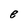
Character: e